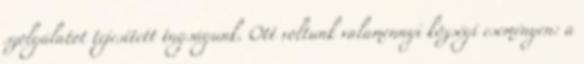
szolgálatot tejesített tagságunk. Ott voltunk valamennyi községi eseményen: a